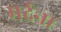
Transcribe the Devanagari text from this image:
मर्दना